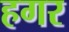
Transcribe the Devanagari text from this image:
हगर